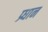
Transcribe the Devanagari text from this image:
प्र्धान